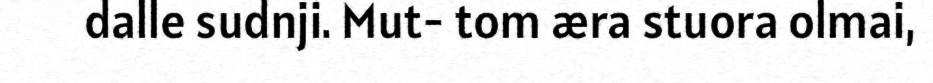
dalle sudnji. Mut- tom æra stuora olmai,